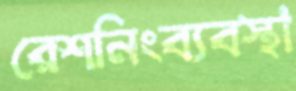
রেশনিংব্যবস্থা